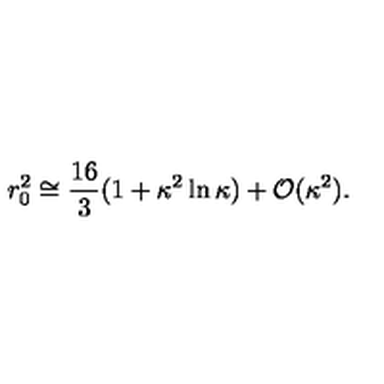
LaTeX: r _ { 0 } ^ { 2 } \cong \frac { 1 6 } { 3 } ( 1 + \kappa ^ { 2 } \ln \kappa ) + { \cal O } ( \kappa ^ { 2 } ) .